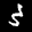
Label: 3